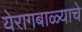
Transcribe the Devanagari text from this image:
येरागबाळ्याचे